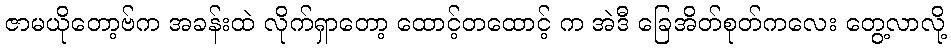
ဇာမယိုတော့ဗ်က အခန်းထဲ လိုက်ရှာတော့ ထောင့်တထောင့် က အဲဒီ ခြေအိတ်စုတ်ကလေး တွေ့လာလို့